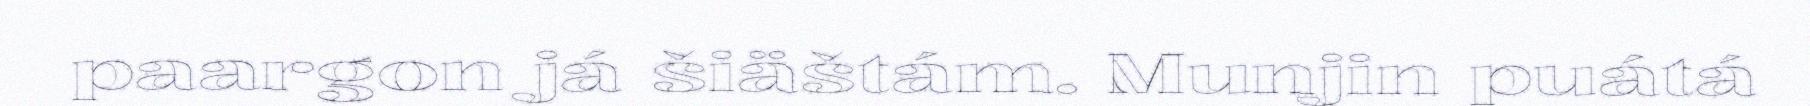
paargon já šiäštám. Munjin puátá